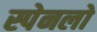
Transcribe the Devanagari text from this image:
स्पेनलो